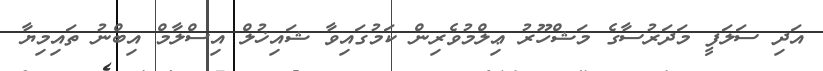
އަދި ސަލަފީ މަދަރުސާގެ މަޝްހޫރު ޢިލްމުވެރިން ކަމުގައިވާ ޝައިޚުލް އިސްލާމް އިބްނު ތައިމިޔާ